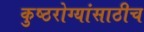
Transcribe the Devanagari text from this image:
कुष्ठरोग्यांसाठीच